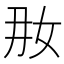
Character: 𱙊